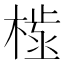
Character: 𣗫